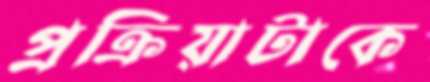
প্রক্রিয়াটাকে